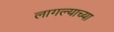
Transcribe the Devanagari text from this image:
लागल्याच्या